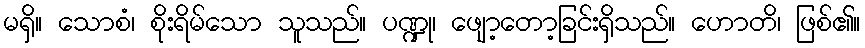
မရှိ။ သောစံ၊ စိုးရိမ်သော သူသည်။ ပဏ္ဍု၊ ဖျော့တော့ခြင်းရှိသည်။ ဟောတိ၊ ဖြစ်၏။